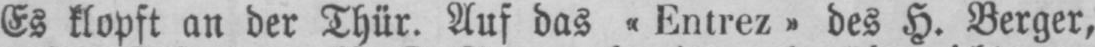
Es klopft an der Thür. Auf das «Entrez» des H. Berger,